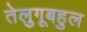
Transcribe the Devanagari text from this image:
तेलुगूबहुल